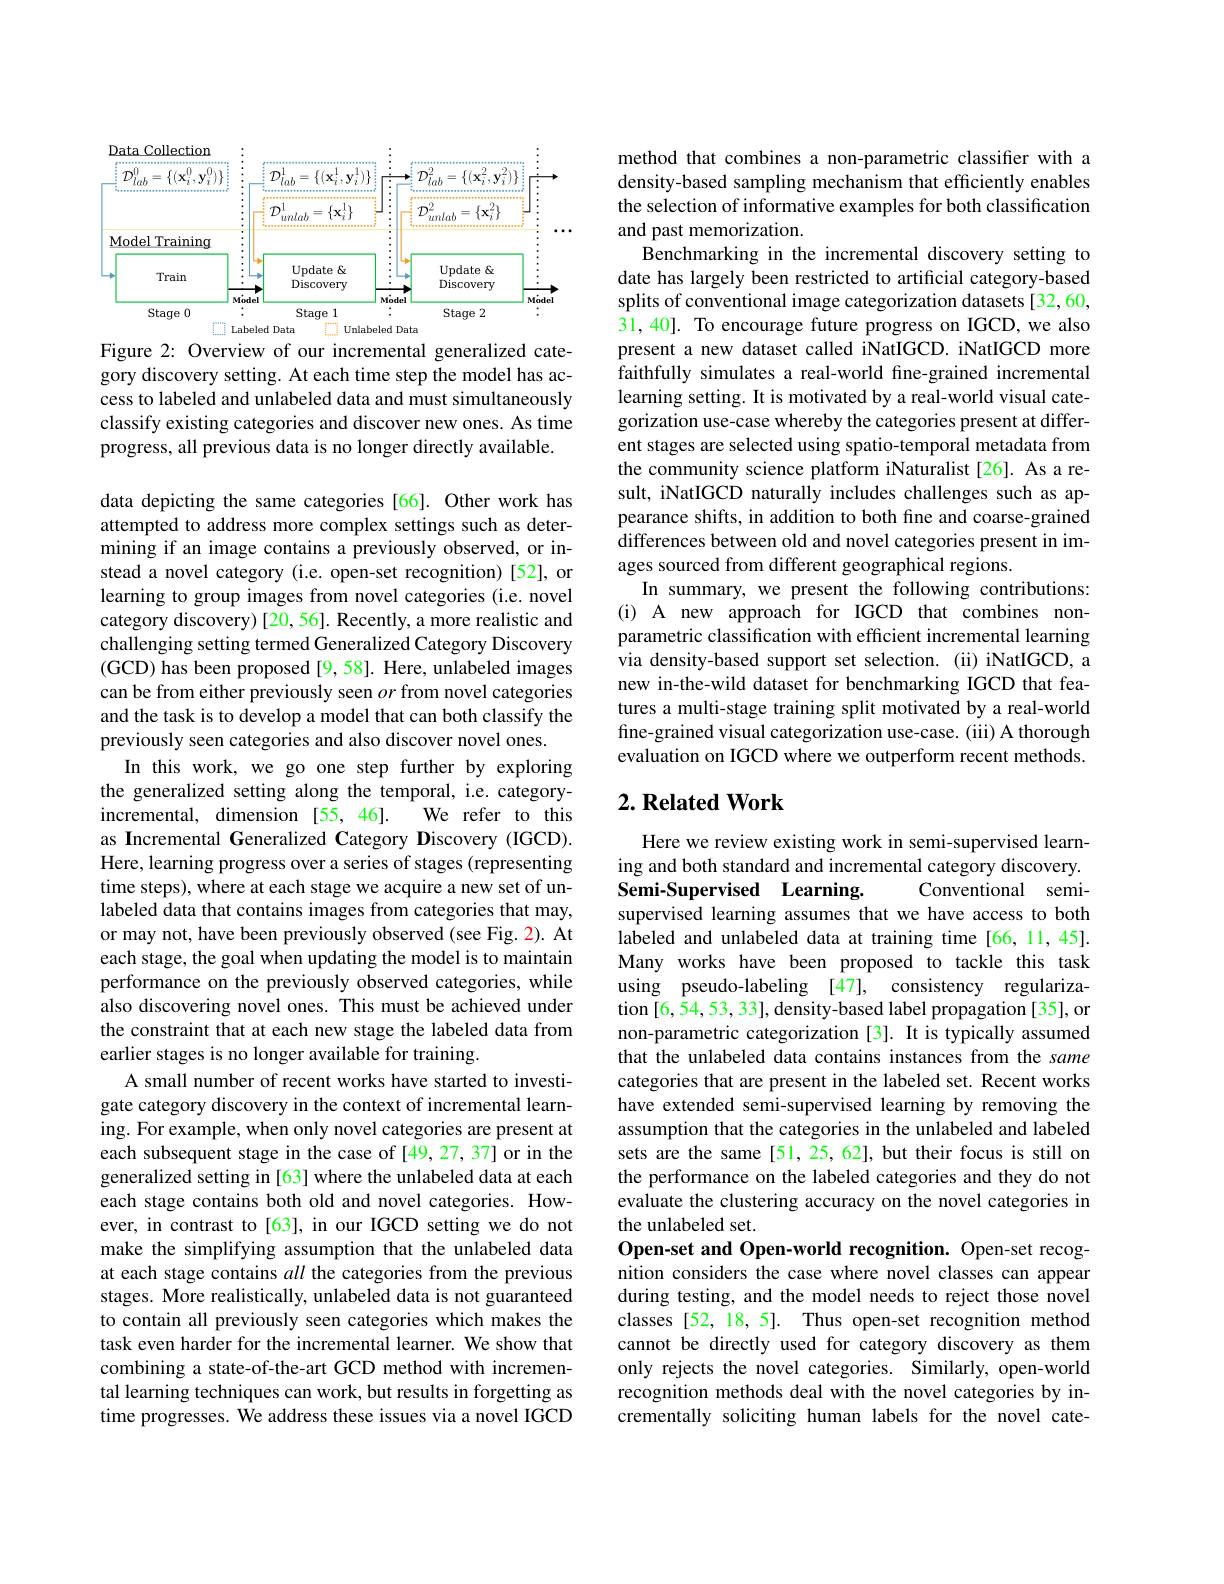
<FigureHere>

Figure 2: Overview of our incremental generalized category discovery setting. At each time step the model has access to labeled and unlabeled data and must simultaneously classify existing categories and discover new ones. As time progress, all previous data is no longer directly available.

data depicting the same categories [66]. Other work has attempted to address more complex settings such as determining if an image contains a previously observed, or instead a novel category (i.e. open-set recognition) [52], or learning to group images from novel categories (i.e. novel category discovery)[20,56]. Recently, a more realistic and challenging setting termed Generalized Category Discovery (GCD) has been proposed [9,58]. Here, unlabeled images can be from either previously seen $or$ from novel categories and the task is to develop a model that can both classify the previously seen categories and also discover novel ones.
In this work, we go one step further by exploring the generalized setting along the temporal, i.e. category-
We refer to this
incremental, dimension [55,46].
as Incremental Generalized Category Discovery (IGCD). Here, learning progress over a series of stages (representing time steps), where at each stage we acquire a new set of unlabeled data that contains images from categories that may, or may not, have been previously observed (see Fig. 2). At each stage, the goal when updating the model is to maintain performance on the previously observed categories, while also discovering novel ones. This must be achieved under the constraint that at each new stage the labeled data from earlier stages is no longer available for training.
A small number of recent works have started to investigate category discovery in the context of incremental learning. For example, when only novel categories are present at each subsequent stage in the case of [49,27,37] or in the generalized setting in[63] where the unlabeled data at each each stage contains both old and novel categories. However, in contrast to[63], in our IGCD setting we do not make the simplifying assumption that the unlabeled data at each stage contains all the categories from the previous stages. More realistically, unlabeled data is not guaranteed to contain all previously seen categories which makes the task even harder for the incremental learner. We show that combining a state-of-the-art GCD method with incremental learning techniques can work, but results in forgetting as time progresses. We address these issues via a novel IGCD

method that combines a non-parametric classifier with a density-based sampling mechanism that efficiently enables the selection of informative examples for both classification and past memorization.
Benchmarking in the incremental discovery setting to date has largely been restricted to artificial category-based splits of conventional image categorization datasets [32,60, $\hat{\text{31,40]. To encourage future progress on IGCD,we also}}$ present a new dataset called iNatIGCD. iNatIGCD more faithfully simulates a real-world fine-grained incremental learning setting. It is motivated by a real-world visual categorization use-case whereby the categories present at different stages are selected using spatio-temporal metadata from the community science platform iNaturalist[26]. As a result, iNatIGCD naturally includes challenges such as appearance shifts, in addition to both fine and coarse-grained differences between old and novel categories present in images sourced from different geographical regions.
In summary, we present the following contributions: (i) A new approach for IGCD that combines nonparametric classification with efficient incremental learning via density-based support set selection. (ii) iNatIGCD, a new in-the-wild dataset for benchmarking IGCD that features a multi-stage training split motivated by a real-world fine-grained visual categorization use-case. (iii) A thorough evaluation on IGCD where we outperform recent methods

### $2. \textbf{Related Work}$

Here we review existing work in semi-supervised learning and both standard and incremental category discovery. Semi-Supervised Learning
Conventional semi-
supervised learning assumes that we have access to both labeled and unlabeled data at training time[66,11,45]. Many works have been proposed to tackle this task using pseudo-labeling [47], consistency regularization [6, 54, 53, 33], density- based label propagation [35], or non-parametric categorization [3]. It is typically assumed that the unlabeled data contains instances from the same categories that are present in the labeled set. Recent works have extended semi-supervised learning by removing the assumption that the categories in the unlabeled and labeled sets are the same [51, 25, 62], but their focus is still on the performance on the labeled categories and they do not evaluate the clustering accuracy on the novel categories in the unlabeled set.
Open-set and Open-world recognition. Open-set recognition considers the case where novel classes can appear during testing, and the model needs to reject those novel classes [52, 18, 5]. Thus open-set recognition method cannot be directly used for category discovery as them only rejects the novel categories. Similarly, open-world recognition methods deal with the novel categories by incrementally soliciting human labels for the novel cate-